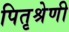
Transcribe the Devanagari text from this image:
पितृश्रेणी